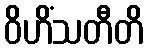
ဝိဟိံသတီတိ